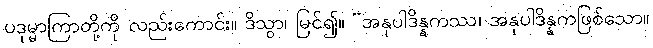
ပဒုမ္မာကြာတို့ကို လည်းကောင်း။ ဒိသွာ၊ မြင်၍။ “အနုပါဒိန္နကဿ၊ အနုပါဒိန္နကဖြစ်သော။